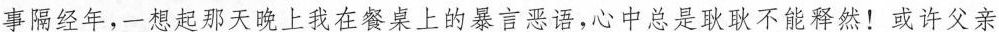
事隔经年，一想起那天晚上我在餐桌上的暴言恶语，心中总是耿耿不能释然！或许父亲